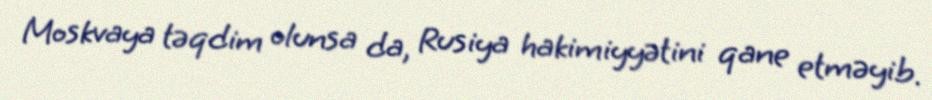
Moskvaya təqdim olunsa da, Rusiya hakimiyyətini qane etməyib.